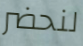
لنحضر